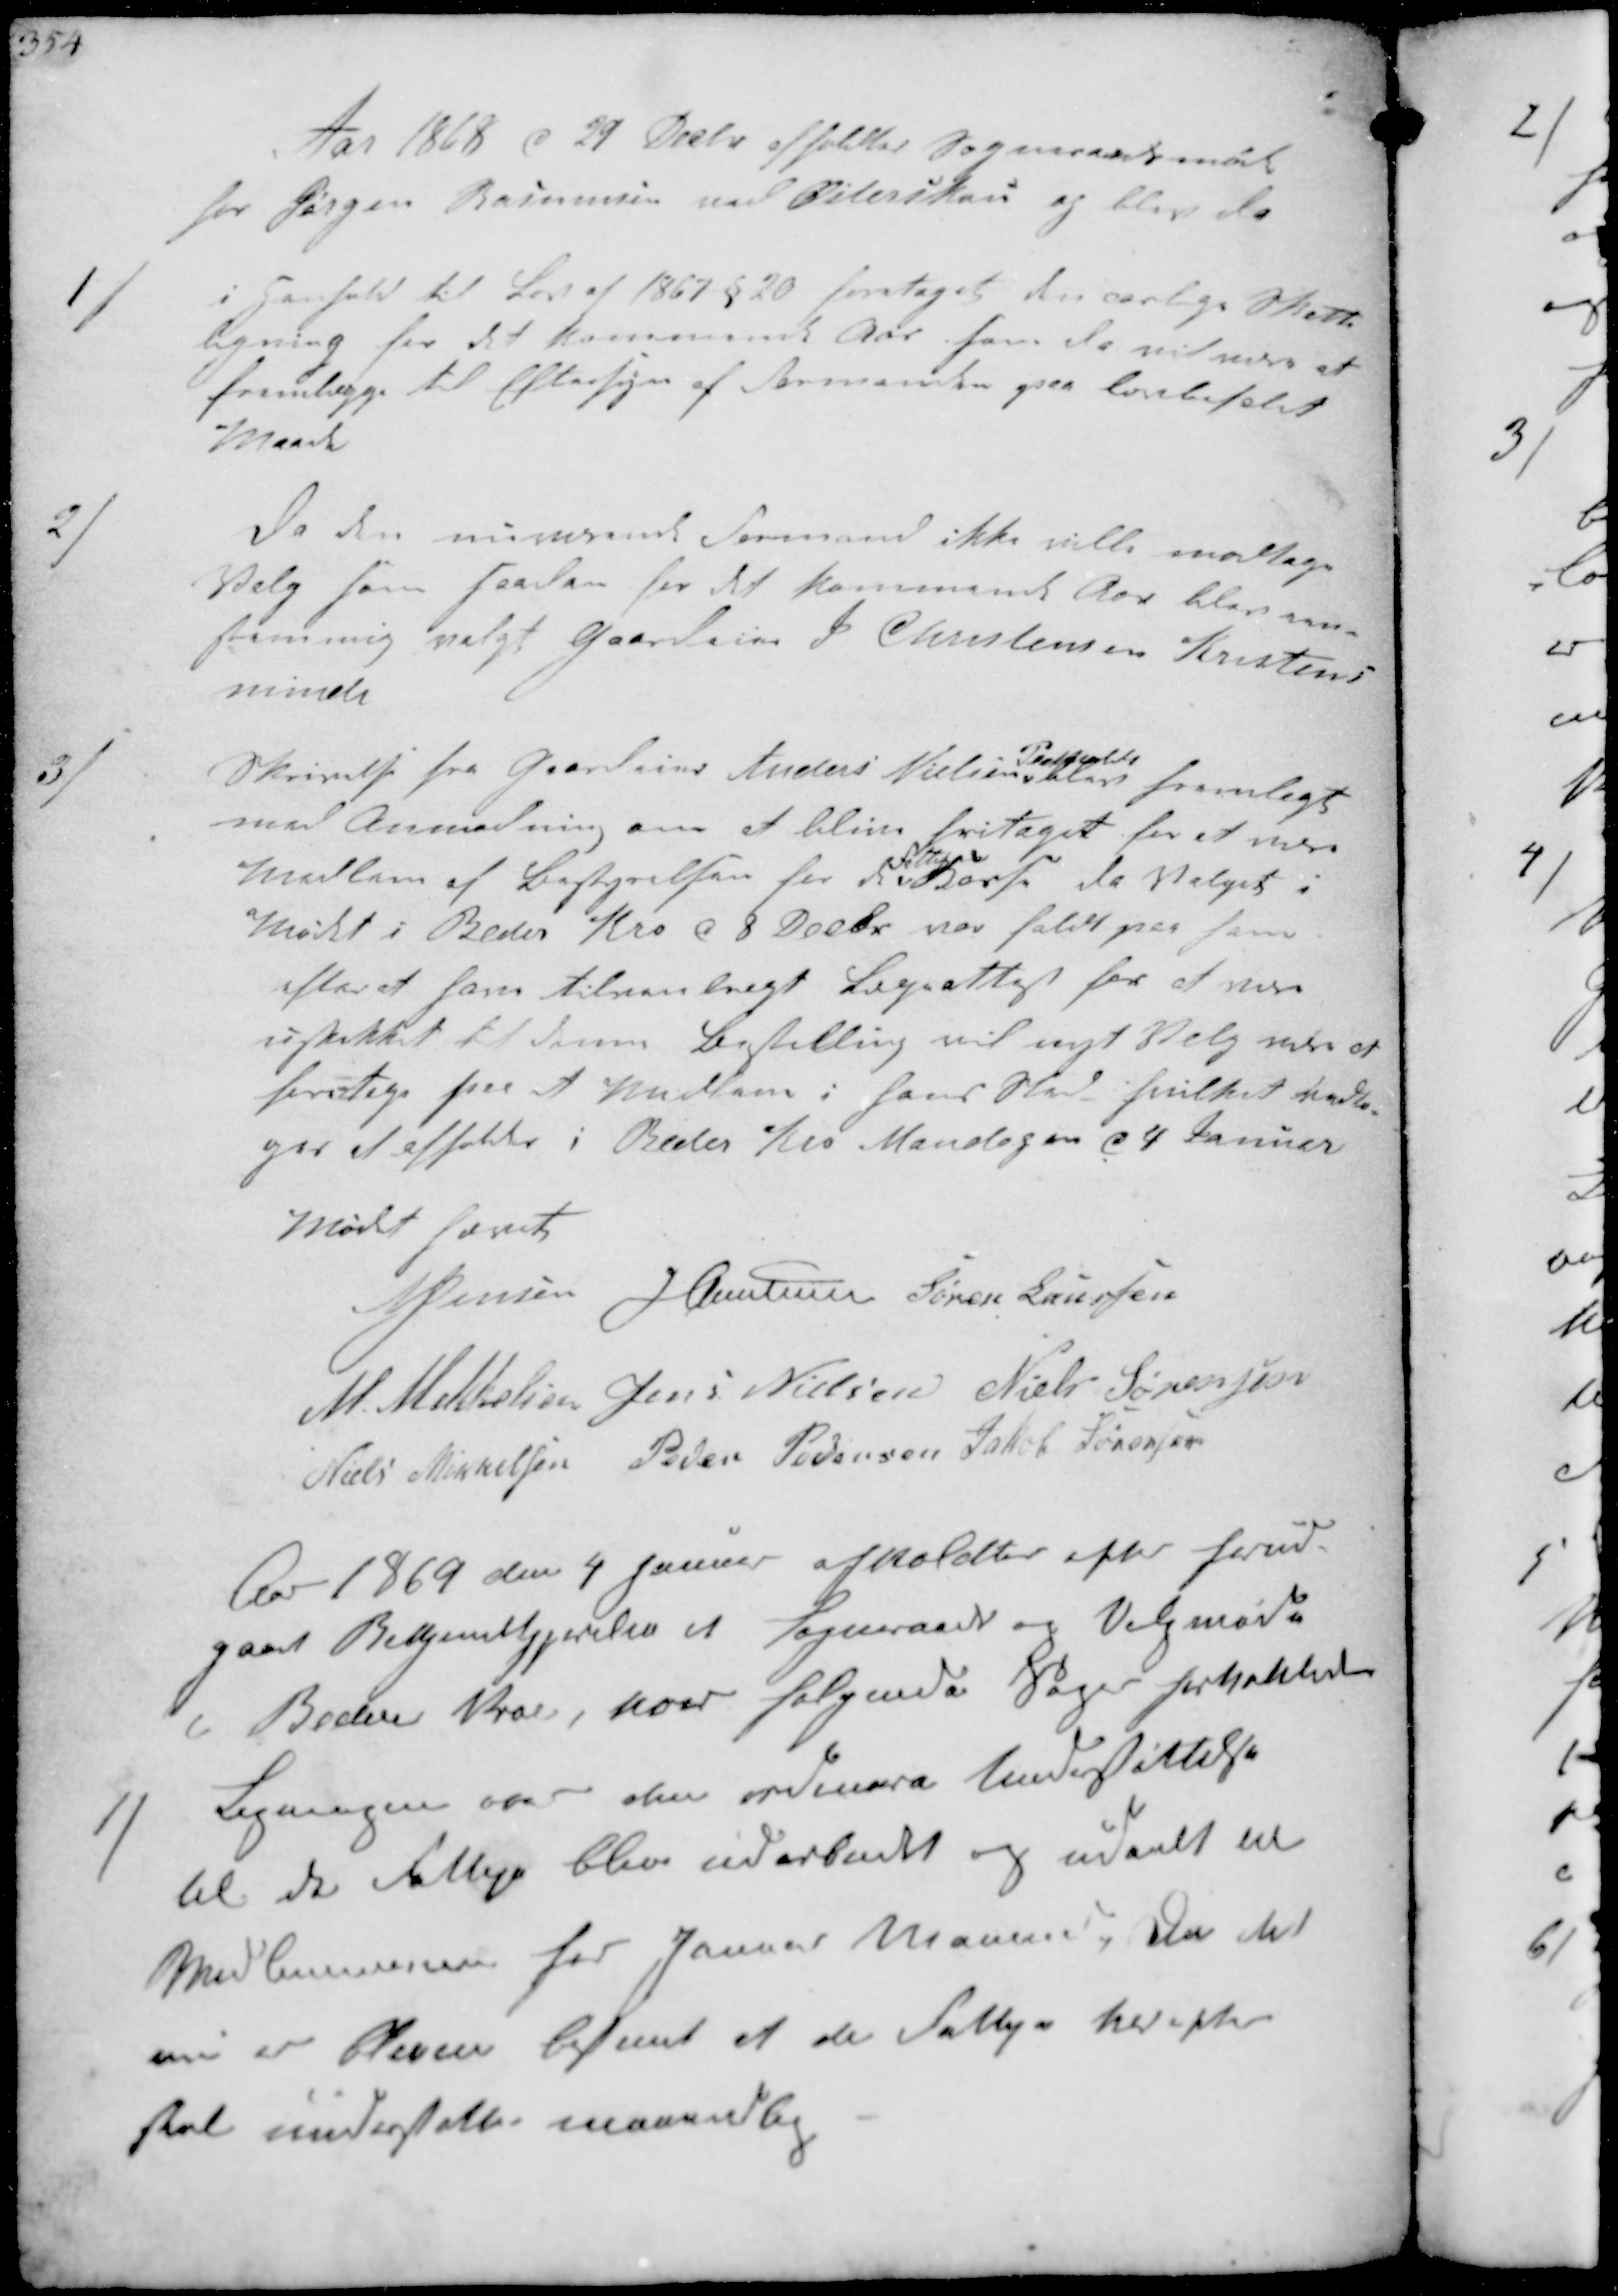
Transskription:
Aar 1868 d 29 Decbr afholdtes Sogneraadsmøde 
hos Jørgen Rasmussen ved Østerskov og blev da
/
i Henhold til Lov af 1867 §20 foretaget den aarlige Skatte-
ligning for det kommende Aar som da vil være at
fremlægge til Eftersyn af Formanden paa lovbefalet
Maade

2/
Da den nuværende Formand ikke ville modtage
Valg som saadan for det kommende Aar blev en-
stemmig valgt Gaardeier J Christensen Kristens-
minde

3/
Skrivelse fra Gaardeier Anders Nielsen
Pedholdt
blev fremlagt
med Anmodning om at blive fritaget for at være
Medlem af Bestyrelsen for de
fattiges
Kasse, da Valget i
Mødet i Beder d Kro 8 Decbr var faldet paa hamm 
efter at have tilvejebragt Lægeattest for at være
uskikket i denne Bestilling vil nyt Valg være at
foretage for et Medlem i hans Sted hvilket vedto-
ges afholdt i Beder Kro Mandagen d 27 Januar
Mødet hævet
N Jensen J Christensen Søren Laursen
M. Mikkelsen Jens Nielsen Niels Sørensen
Niels Mikkelsen Peder Pedersen Jakob Sørensen

Aar 1869 den 4 Januar afholdtes efter forud-
gaaet Bekjendtgjørelse et Sogneraad og Valgmøde
i Beder Kroe, hvor følgende Sager forhandledes
1/ Ligningen over den ordinær Understøttelse
til de Fattige blev udarbeidet og uddelt til
Medlemmerne for Januar Maaned da det
nu er bleven bestemt at de Fattige herefter
skal understøttes maanedlig